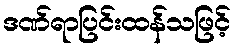
ဒဏ်ရာပြင်းထန်သဖြင့်